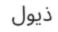
ذيول